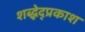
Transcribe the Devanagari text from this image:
शब्द्भेद्प्रकाश